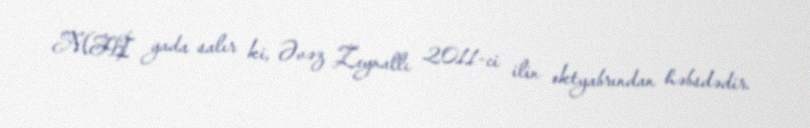
MHİ yada salır ki, Əvəz Zeynallı 2011-ci ilin oktyabrından həbsdədir.